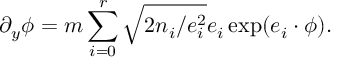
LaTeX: \partial _ { y } \phi = m \sum _ { i = 0 } ^ { r } \sqrt { 2 n _ { i } / e _ { i } ^ { 2 } } e _ { i } \exp ( e _ { i } \cdot \phi ) .